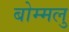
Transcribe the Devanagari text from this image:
बोम्मलु